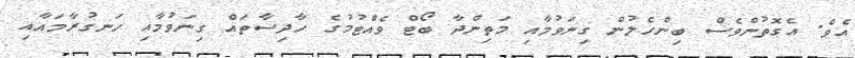
އެވެ. އެގޮތުންވެސް ބިންހެލުން ގިނަވުމާއި މަތިންދާ ބޯޓް ވެއްޓުމުގެ ހާދިސާތައް ގިނަވުމާއި ހަނގުރާމައާއި